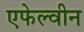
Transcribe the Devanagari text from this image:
एफेल्वीन